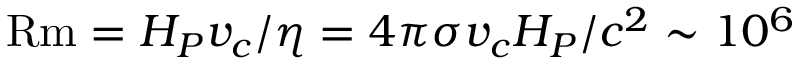
\mathrm { R m } = H _ { P } v _ { c } / \eta = 4 \pi \sigma v _ { c } H _ { P } / c ^ { 2 } \sim 1 0 ^ { 6 }